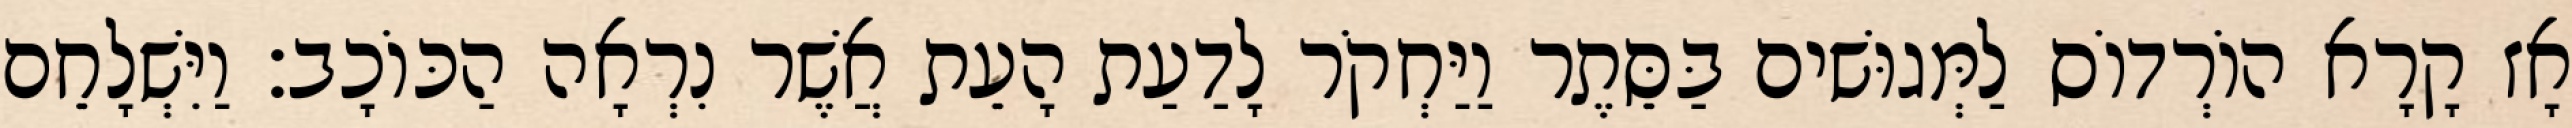
אָז קָרָא הוֹרְדוֹס לַמְּגוּשׁים בַּסֵּתֶר וַיַּחְקֹר לָדַעַת הָעֵת אֲשֶׁר נִרְאָה הַכּוֹכָב׃ וַיִּשְׁלָחֵם